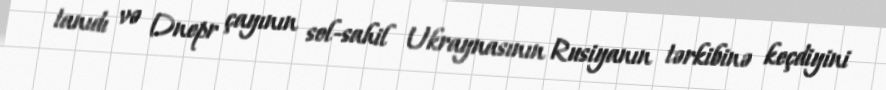
tanıdı və Dnepr çayının sol-sahil Ukraynasının Rusiyanın tərkibinə keçdiyini